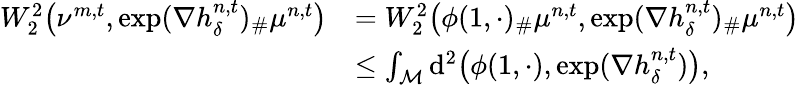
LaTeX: \begin{array}{rl}{W_{2}^{2}\big(\nu^{m,t},\exp(\nabla h_{\delta}^{n,t})_{\# }\mu^{n,t}\big)}&{=W_{2}^{2}\big(\phi(1,\cdot)_{\# }\mu^{n,t},\exp(\nabla h_{\delta}^{n,t})_{\# }\mu^{n,t}\big)}\\ &{\leq\int_{\mathcal{M}}\mathrm{d}^{2}\big(\phi(1,\cdot),\exp(\nabla h_{\delta}^{n,t})\big),}\end{array}